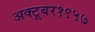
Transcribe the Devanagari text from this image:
अक्टूबर१९५७